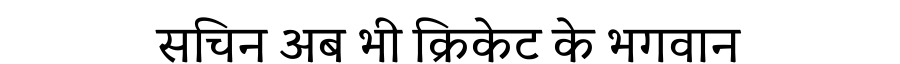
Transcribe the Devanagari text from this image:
सचिन अब भी क्रिकेट के भगवान